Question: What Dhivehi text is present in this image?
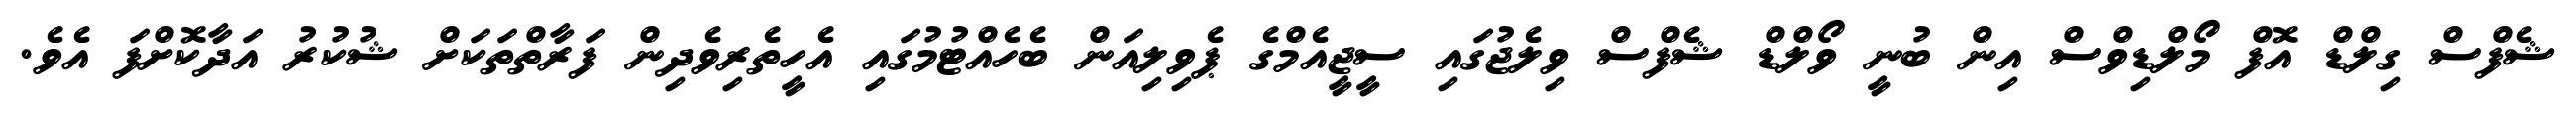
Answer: ޝެފްސް ގިލްޑް އޮފް މޯލްޑިވްސް އިން ބުނީ ވޯލްޑް ޝެފްސް ވިލެޖުގައި ސީޖީއެމްގެ ޕެވިލިއަން ބެހެއްޓުމުގައި އެހީތެރިވެދިން ފަރާތްތަކަށް ޝުކުރު އަދާކޮށްފަ އެވެ.